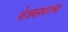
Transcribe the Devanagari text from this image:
शेजवलकरांच्या